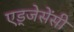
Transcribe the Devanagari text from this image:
एड्जेसेंसी